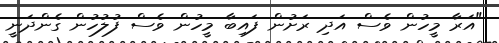
"އަރާ މީހުން ވެސް އަދި ރަށުން ފައިބާ މީހުން ވެސް ފުލުހުން ގެންދަނީ